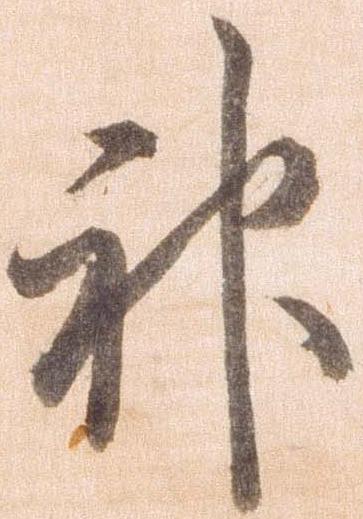
神